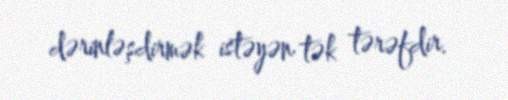
dərinləşdirmək istəyən tək tərəfdir.